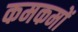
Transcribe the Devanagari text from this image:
कमकमों